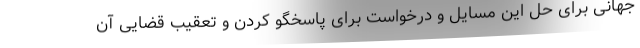
جهانی برای حل این مسایل و درخواست برای پاسخگو کردن و تعقیب قضایی آن